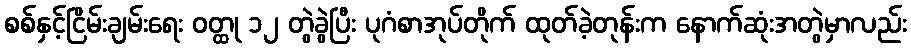
စစ်နှင့်ငြိမ်းချမ်းရေး ဝတ္ထု ၁၂ တွဲခွဲပြီး ပုဂံစာအုပ်တိုက် ထုတ်ခဲ့တုန်းက နောက်ဆုံးအတွဲမှာလည်း